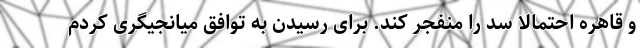
و قاهره احتمالا سد را منفجر کند. برای رسیدن به توافق میانجیگری کردم